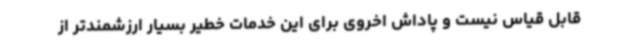
قابل قیاس نیست و پاداش اخروی برای این خدمات خطیر بسیار ارزشمندتر از